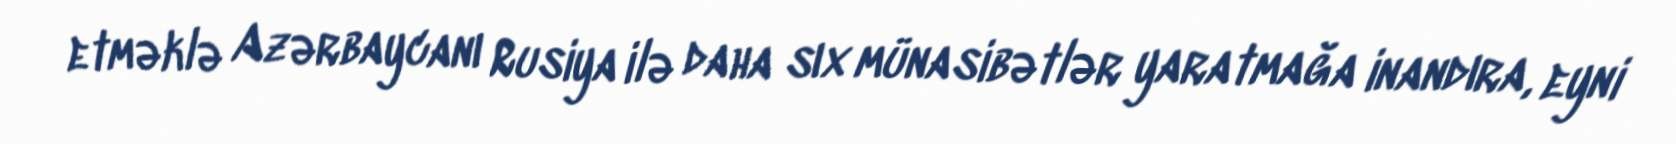
etməklə Azərbaycanı Rusiya ilə daha sıx münasibətlər yaratmağa inandıra, eyni